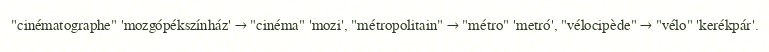
"cinématographe" 'mozgópékszínház' → "cinéma" 'mozi', "métropolitain" → "métro" 'metró', "vélocipède" → "vélo" 'kerékpár'.